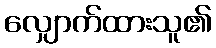
လျှောက်ထားသူ၏